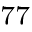
^ \mathrm { 7 7 }